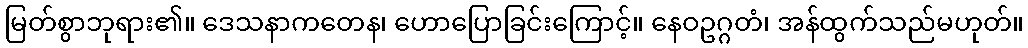
မြတ်စွာဘုရား၏။ ဒေသနာကတေန၊ ဟောပြောခြင်းကြောင့်။ နေဝဥဂ္ဂတံ၊ အန်ထွက်သည်မဟုတ်။